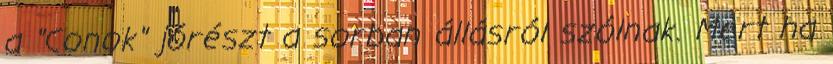
a "Conok" jórészt a sorban állásról szólnak. Mert ha